Civil Veterinary Department Bihar & Orissa reports 1929-36 - 1929-1936
Year: 1929
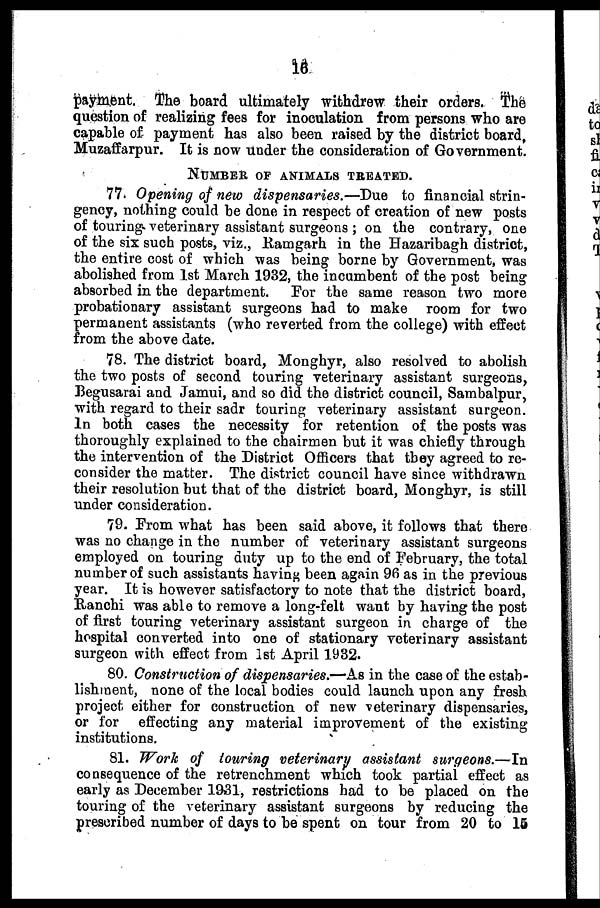
16
payment. The board ultimately withdrew their orders. The
question of realizing fees for inoculation from persons who are
capable of payment has also been raised by the district board,
Muzaffarpur. It is now under the consideration of Government.
NUMBER OF ANIMALS TREATED.
77. Opening of new dispensaries.—Due
to financial strin-
gency, nothing could be done in respect of creation of new posts
of touring veterinary assistant surgeons ; on the contrary, one
of the six such posts, viz., Ramgarh in the Hazaribagh district,
the entire cost of which was being borne by Government, was
abolished from 1st March 1932, the incumbent of the post being
absorbed in the department.
For the same reason two more
probationary assistant surgeons had to make room for two
permanent assistants (who reverted from the college) with effect
from the above date.
78. The district board, Monghyr, also resolved to abolish
the two posts of second touring veterinary assistant surgeons,
Begusarai and Jamui, and so did the district council, Sambalpur,
with regard to their sadr touring veterinary assistant surgeon.
In both cases the necessity for retention of the posts was
thoroughly explained to the chairmen but it was chiefly through
the intervention of the District Officers that they agreed to re-
consider the matter. The district council have since withdrawn
their resolution but that of the district board, Monghyr, is still
under consideration.
79. From what has been said above, it follows that there
was no change in the number of veterinary assistant surgeons
employed on touring duty up to the end of February, the total
number of such assistants having been again 96 as in the previous
year. It is however satisfactory to note that the district board,
Ranchi was able to remove a long-felt want by having the post
of first touring veterinary assistant surgeon in charge of the
hospital converted into one of stationary veterinary assistant
surgeon with effect from 1st April 1932.
80. Construction of dispensaries.—As in the case of the estab-
lishment, none of the local bodies could launch upon any fresh
project either for construction of new veterinary dispensaries,
or for effecting any material improvement of the existing
institutions.
81. Work of touring veterinary assistant
surgeons.—In
consequence of the retrenchment which took partial effect as
early as December 1931, restrictions had to be placed on the
touring of the veterinary assistant surgeons by reducing the
prescribed number of days to be spent on tour from 20 to 15